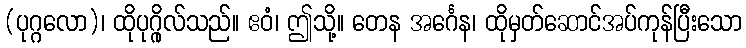
(ပုဂ္ဂလော)၊ ထိုပုဂ္ဂိုလ်သည်။ ဧဝံ၊ ဤသို့။ တေန အင်္ဂေန၊ ထိုမှတ်ဆောင်အပ်ကုန်ပြီးသော